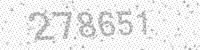
Solution: 278651